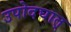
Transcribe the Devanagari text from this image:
उपोदघात्‌